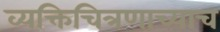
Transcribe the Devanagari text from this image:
व्यक्तिचित्रणाच्याच